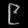
Digit: ၉